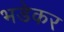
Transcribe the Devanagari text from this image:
भडेकर